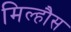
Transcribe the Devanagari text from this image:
मिल्हौस